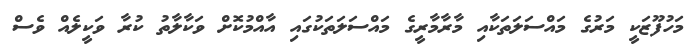
މަހުފޫޒަކީ މަރުގެ މައްސަލަތަކާއި މާރާމާރީގެ މައްސަލަތަކުގައި އާއްމުކޮށް ވަކާލާތު ކުރާ ވަކީލެއް ވެސް